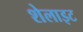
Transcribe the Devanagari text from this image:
शेलाइट